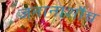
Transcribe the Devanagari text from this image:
जनानाशौच